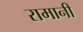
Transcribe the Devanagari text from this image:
रामानी